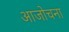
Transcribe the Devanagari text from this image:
आजोचना